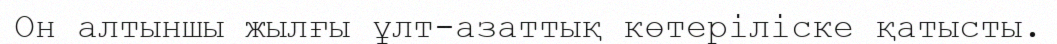
Он алтыншы жылғы ұлт-азаттық көтеріліске қатысты.